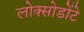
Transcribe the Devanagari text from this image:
लोक्सोडोंटे